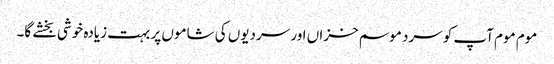
موم موم آپ کو سرد موسم خزاں اور سردیوں کی شاموں پر بہت زیادہ خوشی بخشے گا۔